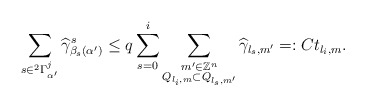
\begin{align*}\sum\limits_{s \in ^{2}\Gamma^{j}_{\alpha'}}\widehat{\gamma}^{s}_{\beta_{s}(\alpha')} \le q \sum\limits_{s=0}^{i}\sum\limits_{\substack{m' \in \mathbb{Z}^{n} \\ Q_{l_{i},m} \subset Q_{l_{s},m'}}} \widehat{\gamma}_{l_{s},m'}=:C t_{l_{i},m}.\end{align*}